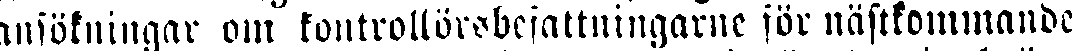
ansökningar om fontrollörsbefattningarne för näftkommande